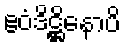
ဧဝံဒိဋ္ဌိနောပိ